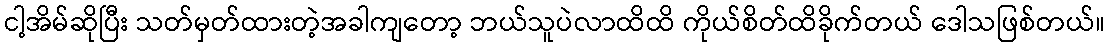
ငါ့အိမ်ဆိုပြီး သတ်မှတ်ထားတဲ့အခါကျတော့ ဘယ်သူပဲလာထိထိ ကိုယ်စိတ်ထိခိုက်တယ် ဒေါသဖြစ်တယ်။